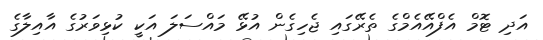
އަދި ޓޮމް އެފްއޭއެމްގެ ތެރޭގައި ޖެހިގެން އުޅޭ މައްސަލަ އަކީ ކުޅިވަރުގެ އާއިލާގެ